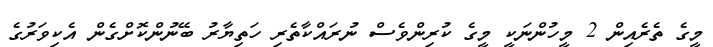
މީގެ ތެރެއިން 2 މީހުންނަކީ މީގެ ކުރިންވެސް ނުރައްކާތެރި ހަތިޔާރު ބޭނުންކޮށްގެން އެކިވަރުގެ